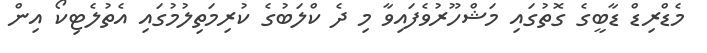
މެޑްރިޑް ޑާބީގެ ގޮތުގައި މަޝްހޫރުވެފައިވާ މި ދެ ކްލަބުގެ ކުރިމަތިލުމުގައި އެތުލެޓިކޯ އިން